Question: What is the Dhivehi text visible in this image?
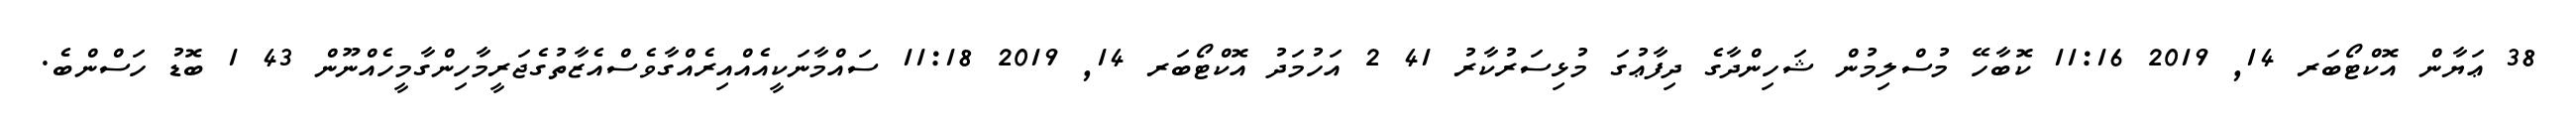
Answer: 38 ޢަޔާން އޮކްޓޯބަރ 14, 2019 11:16 ކޮބާހޭ މުސްލިމުން ޝަހިންދާގެ ދިފާޢުގަ މުޅިސަރުކާރު 41 2 އަހުމަދު އޮކްޓޯބަރ 14, 2019 11:18 ސައްމާނަކީއެއްއިރެއްގާވެސްއެޒާތުގެޖަރީމާހިންގާމީހެއްނޫން 43 1 ބޮޑު ހަސްންބެ.